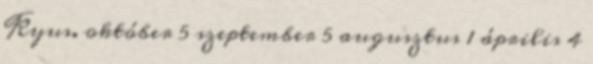
Kyus. október 5 szeptember 5 augusztus 1 április 4